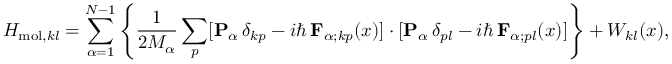
H _ { \mathrm { m o l } , k l } = \sum _ { \alpha = 1 } ^ { N - 1 } \left\{ \frac { 1 } { 2 M _ { \alpha } } \sum _ { p } [ { \mathbf { P } } _ { \alpha } \, \delta _ { k p } - i \hbar \, { \mathbf { F } } _ { \alpha ; k p } ( x ) ] \cdot [ { \mathbf { P } } _ { \alpha } \, \delta _ { p l } - i \hbar \, { \mathbf { F } } _ { \alpha ; p l } ( x ) ] \right\} + W _ { k l } ( x ) ,